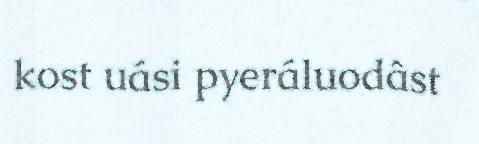
kost uási pyeráluodâst